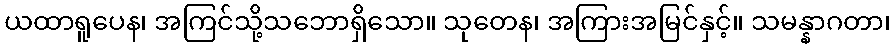
ယထာရူပေန၊ အကြင်သို့သဘောရှိသော။ သုတေန၊ အကြားအမြင်နှင့်။ သမန္နာဂတာ၊